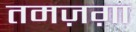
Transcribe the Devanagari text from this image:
तमज़ग़ा